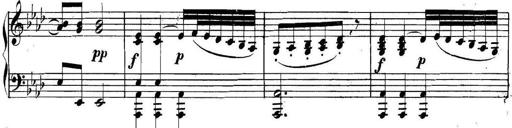
Title: Collected Piano Sonatas
Composer: Muzio Clementi